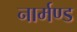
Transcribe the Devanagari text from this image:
नार्मण्ड